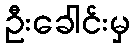
ဦးခေါင်းမှ